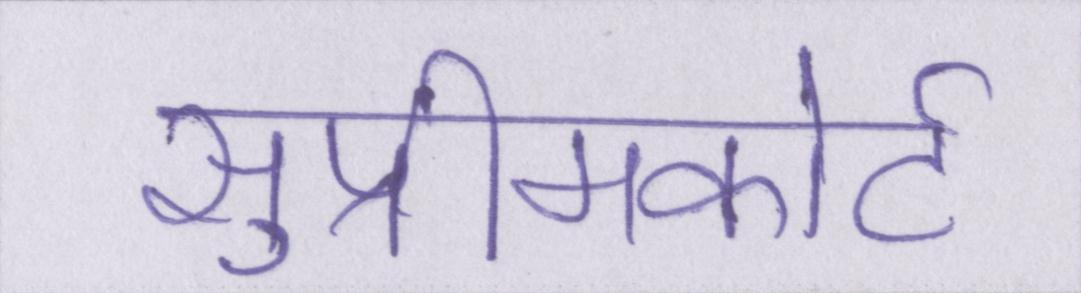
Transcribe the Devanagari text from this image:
सुप्रीमकोर्ट